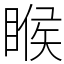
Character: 睺